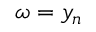
\omega = y _ { n }